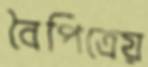
বৈপিত্রেয়